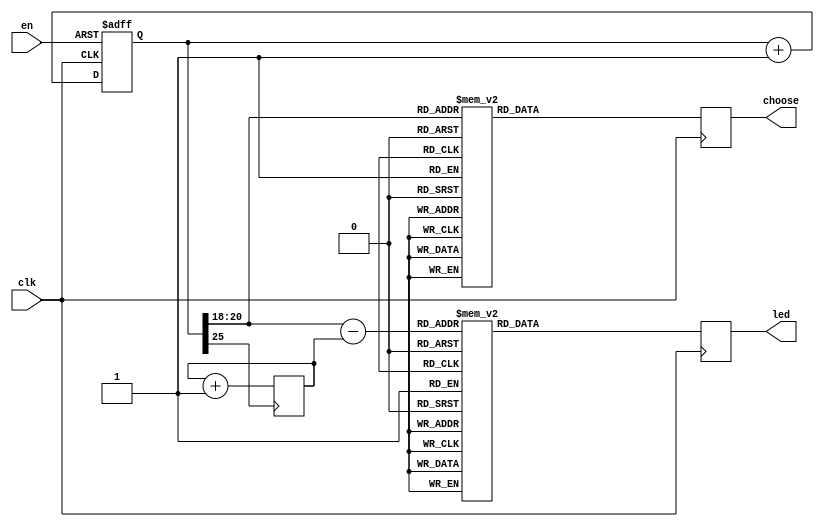
module seven_light(
    input clk,
    input en,
    output [7:0] led,
    output [7:0] choose
    );
	//在屏幕上显示HELLO
	reg [7:0] led;
	reg [7:0] choose;
	reg [26:0] counter=0;
	reg [2:0] temp=0;//用于滚动展示，提高基本要求把这个注释掉就可以
	
	//choose:AN7-AN0
	//led:CA-CG+DP

	always @(posedge clk,posedge en)
	begin
		if(en)
		begin
		counter <= 0;
		end
		else
		begin
		counter <= counter+1;
		end
	end
	
	always @(posedge clk)
	begin
			case(counter[20:18])
				3'b000:choose=8'b01111111;
				
				3'b001:choose=8'b10111111;
				
				3'b010:choose=8'b11011111;
				
				3'b011:choose=8'b11101111;
				
				3'b100:choose=8'b11110111;
				
				3'b101:choose=8'b11111011;
				
				3'b110:choose=8'b11111101;
				
				3'b111:choose=8'b11111110;
				
			endcase
	end
	
	always @(posedge counter[25])
	begin
		temp=temp+1;
	end
	
	always @(posedge clk)
	begin
			case(counter[20:18]-temp)//不用滚动显示时里面去掉-temp即可
				3'b000:led=8'b11111111;
						 
				3'b001:led=8'b11111111;
						 
				3'b010:led=8'b11111111;
						 
				3'b011:led=8'b10010001;
						 
				3'b100:led=8'b01100001;
						 
				3'b101:led=8'b11100011;
						 
				3'b110:led=8'b11100011;
						 
				3'b111:led=8'b00000011;
						 
			endcase
	end
endmodule